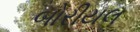
બોરીયલ